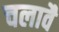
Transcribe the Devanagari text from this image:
चलावै